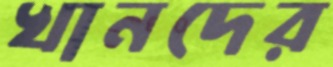
খানদের